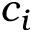
c _ { i }